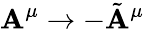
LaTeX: \mathbf{A}^{\mu}\rightarrow-\tilde{{\mathbf{A}}}^{\mu}